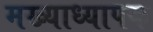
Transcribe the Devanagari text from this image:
मख्याध्यापक